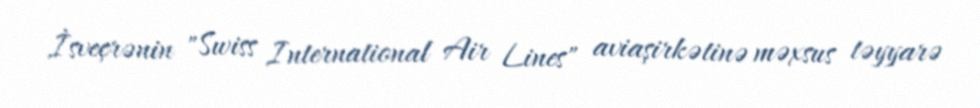
İsveçrənin "Swiss International Air Lines" aviaşirkətinə məxsus təyyarə